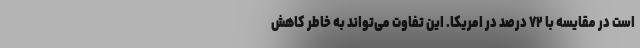
است در مقایسه با ۷۲ درصد در امریکا. این تفاوت می‌تواند به خاطر کاهش